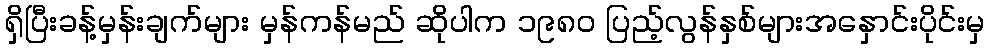
ရှိပြီးခန့်မှန်းချက်များ မှန်ကန်မည် ဆိုပါက ၁၉၈၀ ပြည့်လွန်နှစ်များအနှောင်းပိုင်းမှ